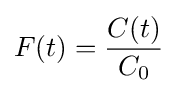
F(t)={\frac {C(t)}{C_{0}}}